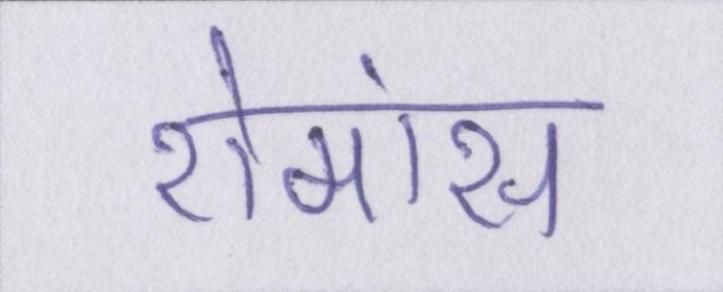
रोमांस